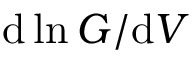
\mathrm { d } \ln G / \mathrm { d } V